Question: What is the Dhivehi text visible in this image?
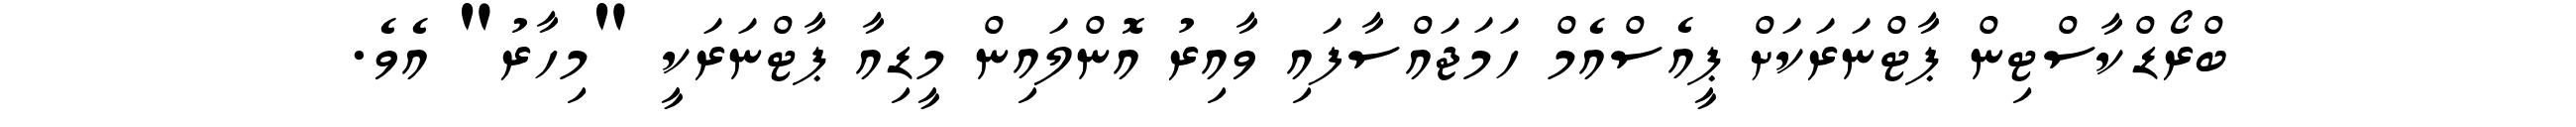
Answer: ބްރޯޑްކާސްޓިން ޕާޓްނަރަކަށް ޕީއެސްއެމް ހަމަޖައްސާފައި ވާއިރު އޮންލައިން މީޑިއާ ޕާޓްނަރަކީ "މިހާރު" އެވެ.